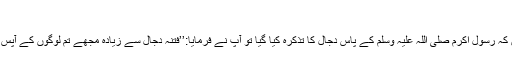
)
حذٰیفہ بن یمان رضی اللہ عنہ بیان کرتے ہیں کہ رسول اکرم صلی اللہ علیہ وسلم کے پاس دجال کا تذکرہ کیا گیا تو آپ نے فرمایا:’’فتنہ دجال سے زیادہ مجھے تم لوگوں کے آپس میں لڑائی جھگڑا کرنے کا زیادہ خطرہ ہے۔